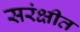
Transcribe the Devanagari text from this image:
सरंक्षीत